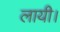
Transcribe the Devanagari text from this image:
लायी।